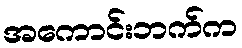
အကောင်းဘက်က